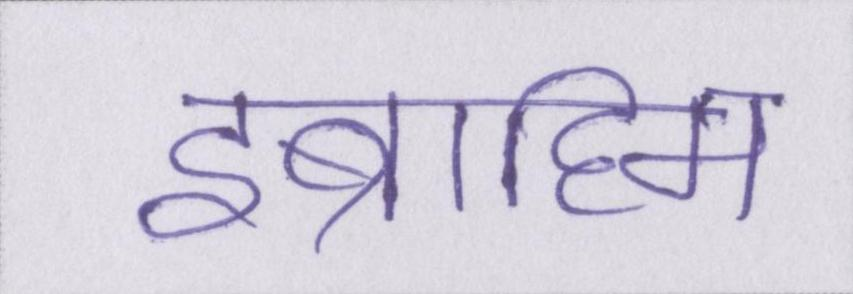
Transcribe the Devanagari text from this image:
इब्राहिम